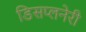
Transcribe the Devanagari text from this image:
डिसप्लनेरी